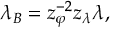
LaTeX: \lambda _ { B } = z _ { \varphi } ^ { - 2 } z _ { \lambda } \lambda ,